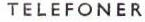
TELEFONER